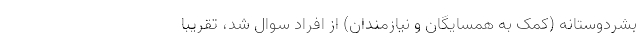
بشردوستانه (کمک به همسایگان و نیازمندان) از افراد سوال شد، تقریبا